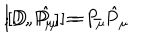
LaTeX: [ D , P _ { \mu } ] = P _ { \mu } \hspace { . 5 c m } ; \hspace { . 5 c m } [ D , { \hat { P } } _ { \mu } ] = - { \hat { P } } _ { \mu }